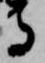
守